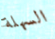
السهلة